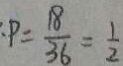
: P = \frac { 1 8 } { 3 6 } = \frac { 1 } { 2 }